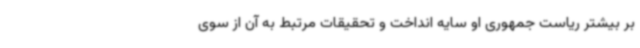
بر بیشتر ریاست جمهوری او سایه انداخت و تحقیقات مرتبط به آن از سوی